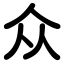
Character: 众